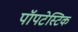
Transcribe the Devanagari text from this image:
पॉपटेस्टिक